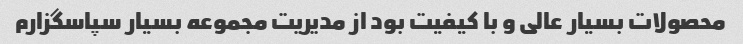
محصولات بسیار عالی و با کیفیت بود از مدیریت مجموعه بسیار سپاسگزارم